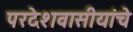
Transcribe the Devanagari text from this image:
परदेशवासीयांचे